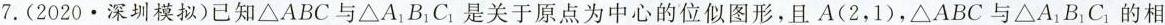
7.(2020·深圳模拟)已知\triangle ABC与\triangle A_{1}B_{1}C_{1}是关于原点为中心的位似图形，且A(2，1)，\triangle ABC与\triangle A_{1}B_{1}C_{1}的相